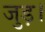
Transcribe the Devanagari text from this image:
जुड़।